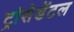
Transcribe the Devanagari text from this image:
ट्रांसेडेंटल